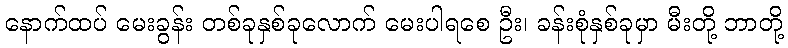
နောက်ထပ် မေးခွန်း တစ်ခုနှစ်ခုလောက် မေးပါရစေ ဦး၊ ခန်းစုံနှစ်ခုမှာ မီးတို့ ဘာတို့